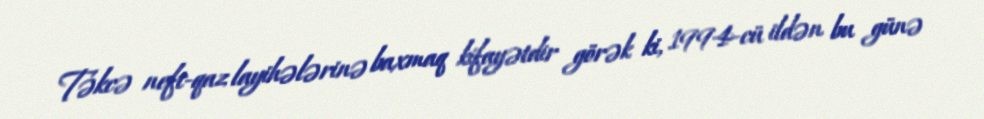
Təkcə neft-qaz layihələrinə baxmaq kifayətdir görək ki, 1994-cü ildən bu günə